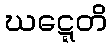
ဃဋ္ဋေတိ